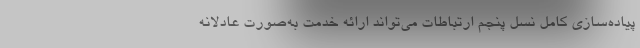
پیاده‌سازی کامل نسل پنجم ارتباطات می‌تواند ارائه خدمت به‌صورت عادلانه